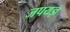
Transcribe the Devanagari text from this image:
जपयज्ञ